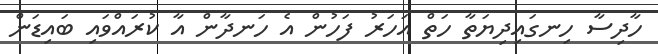
ހާދިސާ ހިނގައިދިޔަތާ ހަތް އަހަރު ފަހުން އެ ހަނދާން އާ ކުރައްވައި ބައިޑަން